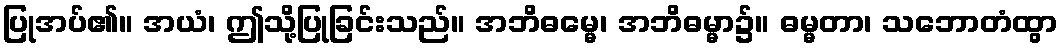
ပြုအပ်၏။ အယံ၊ ဤသို့ပြုခြင်းသည်။ အဘိဓမ္မေ၊ အဘိဓမ္မာ၌။ ဓမ္မတာ၊ သဘောတံထွာ